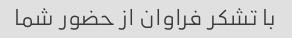
با تشکر فراوان از حضور شما